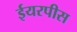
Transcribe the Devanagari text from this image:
ईयरपीस